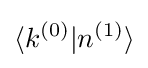
\langle k^{(0)}|n^{(1)}\rangle